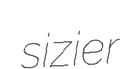
sizier